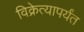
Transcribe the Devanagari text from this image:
विक्रेत्यापर्यंत